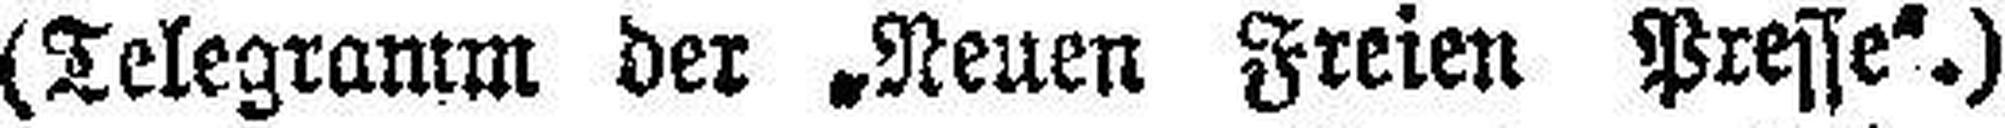
(Telegramm der „Neuen Freien Presse“.)